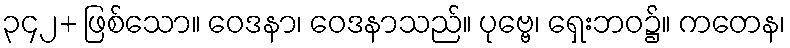
၃၄၂+ ဖြစ်သော။ ဝေဒနာ၊ ဝေဒနာသည်။ ပုဗ္ဗေ၊ ရှေးဘဝ၌။ ကတေန၊